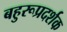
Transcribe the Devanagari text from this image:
बहुरूप्रदर्शक